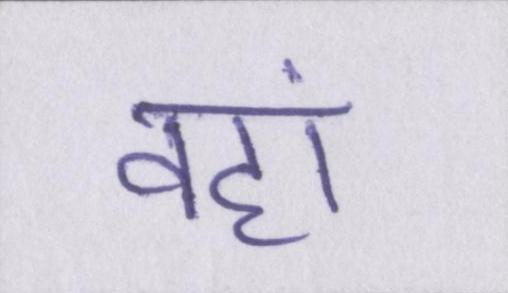
वहां